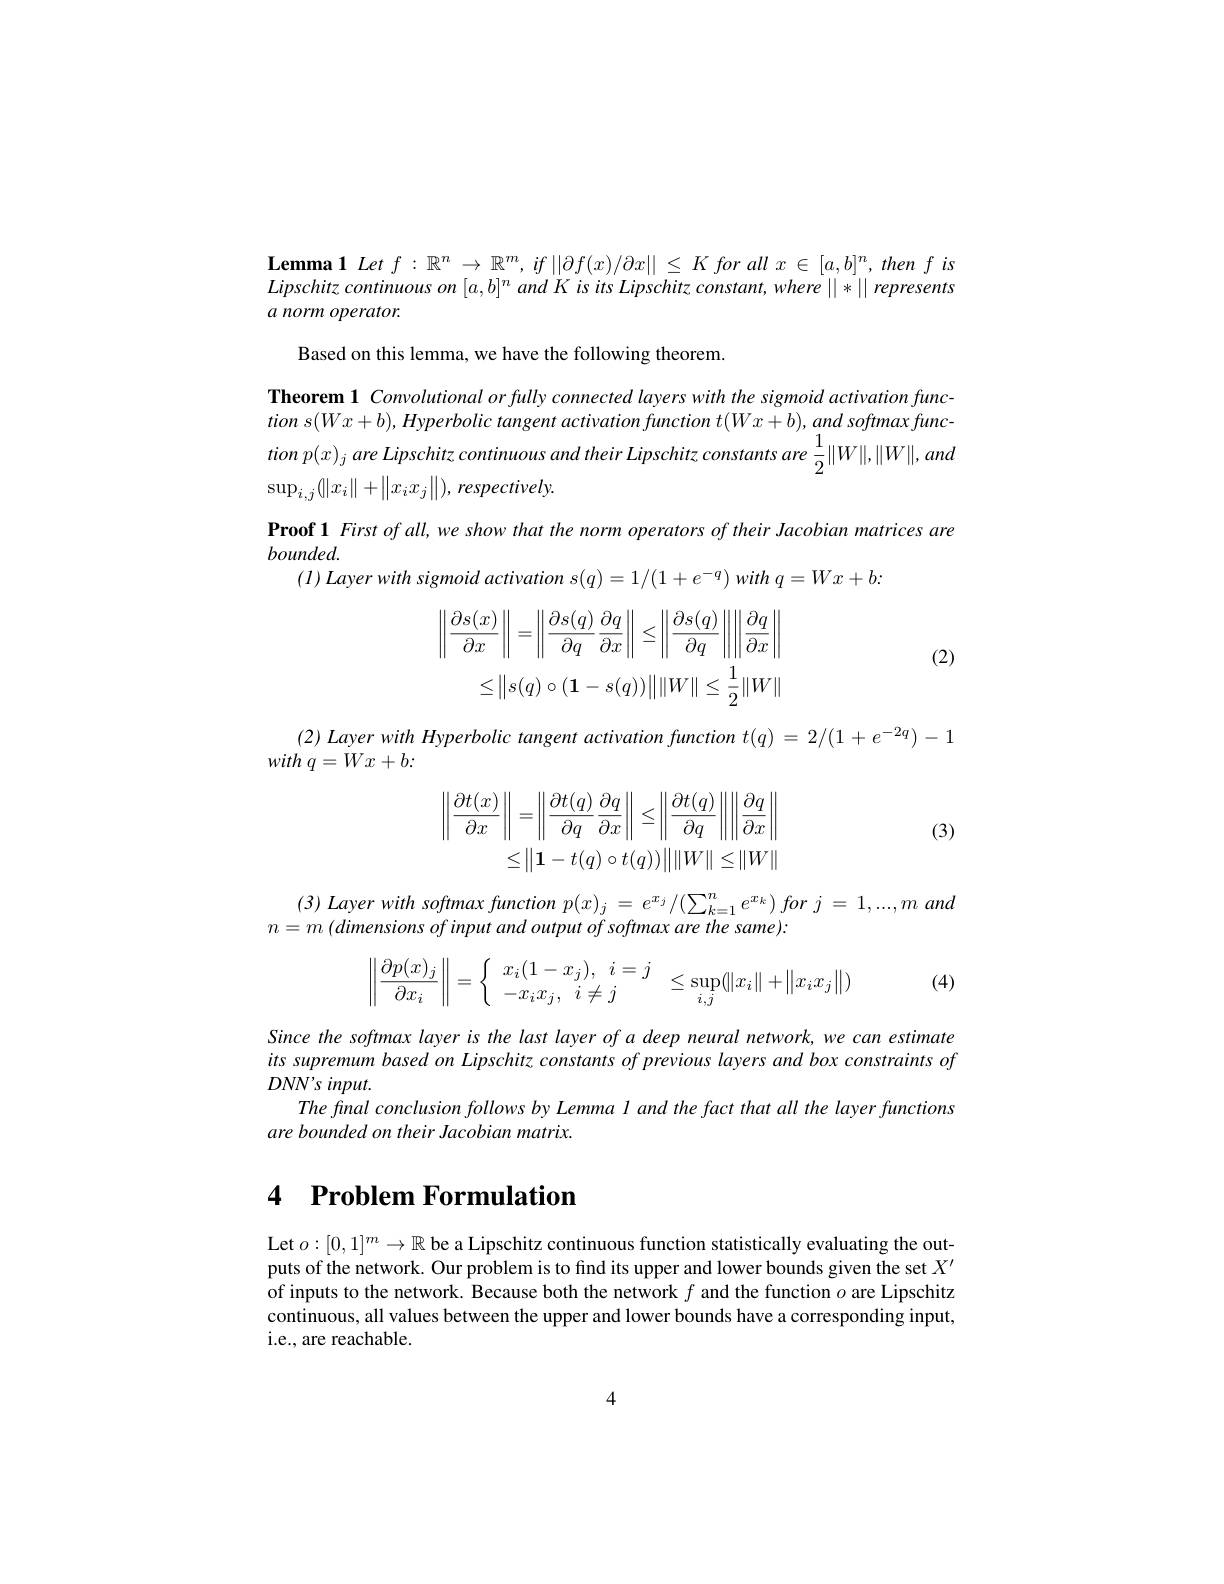
$\textbf{Lemma1 Let }f: \mathbb{R} ^n\to \mathbb{R} ^m, if\left | \left | \partial f( x) / \partial x\right | \right | \leq K$ for all $x\in[a,b]^n$, then $f$ is Lipschitz continuous on $[a,b]^{n}$ and K is its Lipschitz constant, where ||*|| represents $a\textit{ norm operator. }$

Based on this lemma, we have the following theorem

Theorem 1 Convolutional or fully connected layers with the sigmoid activation func- $tion~s(Wx+b),~Hyperbolic~tangent~activation~function~t(Wx+b),~and~softmax~func$ tion $p( x) _{j}$ are Lipschitz continuous and their Lipschitz constants are $\frac 12\| W\| , \| W\| , and$ $\sup _{i, j}( \| x_i\| + \| x_ix_j\| ) , \textit{respectively. }$
Proof 1 First of all, we show that the norm operators of their Jacobian matrices are
bounded.
$( l) \textit{Layer with sigmoid activation s}( q) = 1/ ( 1+ e^{- q}) \textit{with }q= Wx+ b:$
$$\left\|\frac{\partial s(x)}{\partial x}\right\|=\left\|\frac{\partial s(q)}{\partial q}\frac{\partial q}{\partial x}\right\|\leq\left\|\frac{\partial s(q)}{\partial q}\right\|\left\|\frac{\partial q}{\partial x}\right\|\\\leq\left\|s(q)\circ(\mathbf{1}-s(q))\right\|\|W\|\leq\frac{1}{2}\|W\|$$
(2)

$( 2) \textit{ Layer with Hyperbolic tangent activation function }t( q) = 2/ ( 1+ e^{- 2q}) - 1$
$with~q=Wx+b:$
$$\begin{aligned}\left\|\frac{\partial t(x)}{\partial x}\right\|&=\left\|\frac{\partial t(q)}{\partial q}\frac{\partial q}{\partial x}\right\|\leq\left\|\frac{\partial t(q)}{\partial q}\right\|\left\|\frac{\partial q}{\partial x}\right\|\\&\leq\left\|\mathbf{1}-t(q)\circ t(q))\right\|\|W\|\leq\|W\|\end{aligned}$$
(3)

$( 3) \textit{ Layer with softmax function p}( x) _{j}= e^{x_{j}}/ ( \sum _{k= 1}^{n}e^{x_{k}}) for$ $j= 1, . . . , m$ and
$n=m\left(dimensions\textit{ of input and output of softmax are the same):}\right.$
$$\left\|\dfrac{\partial p(x)_j}{\partial x_i}\right\|=\left\{\begin{array}{ll}x_i(1-x_j),&i=j\\-x_ix_j,&i\neq j\end{array}\right.\leq\sup_{i,j}(\|x_i\|+\|x_ix_j\|)$$
(4)

Since the softmax layer is the last layer of a deep neural network, we can estimate its supremum based on Lipschitz constants of previous layers and box constraints of $DNN'sinput.$
The fnal conclusion follows by Lemma l and the fact that all the layer functions
are bounded on their Jacobian matrix.

## 4 $\textbf{Problem Formulation}$

Let $o:[0,1]^{m}\to\mathbb{R}$ be a Lipschitz continuous function statistically evaluating the out puts of the network. Our problem is to find its upper and lower bounds given the set $X^\prime$ of inputs to the network. Because both the network $f$ and the function $o$ are Lipschitz continuous, all values between the upper and lower bounds have a corresponding input, i.e., are reachable.

4